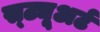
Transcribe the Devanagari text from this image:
स्ट्यूअर्ट